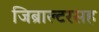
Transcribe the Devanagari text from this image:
जिब्राल्टरसह